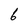
Character: 6